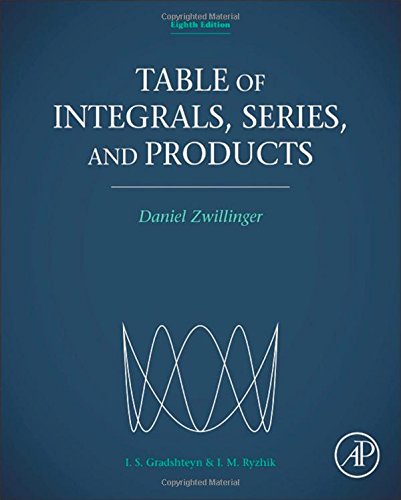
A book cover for Table of Integrals, Series, and Products, Eighth Edition; Science & Math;